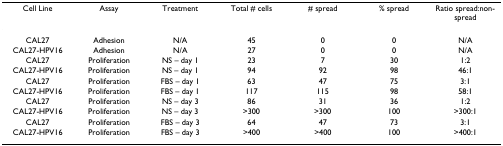
<table><thead><tr><td><b>Cell Line</b></td><td><b>Assay</b></td><td><b>Treatment</b></td><td><b>Total # cells</b></td><td><b># spread</b></td><td><b>% spread</b></td><td><b>Ratio spread:non-spread</b></td></tr></thead><tbody><tr><td>CAL27</td><td>Adhesion</td><td>N/A</td><td>45</td><td>0</td><td>0</td><td>N/A</td></tr><tr><td>CAL27-HPV16</td><td>Adhesion</td><td>N/A</td><td>27</td><td>0</td><td>0</td><td>N/A</td></tr><tr><td>CAL27</td><td>Proliferation</td><td>NS – day 1</td><td>23</td><td>7</td><td>30</td><td>1:2</td></tr><tr><td>CAL27-HPV16</td><td>Proliferation</td><td>NS – day 1</td><td>94</td><td>92</td><td>98</td><td>46:1</td></tr><tr><td>CAL27</td><td>Proliferation</td><td>FBS – day 1</td><td>63</td><td>47</td><td>75</td><td>3:1</td></tr><tr><td>CAL27-HPV16</td><td>Proliferation</td><td>FBS – day 1</td><td>117</td><td>115</td><td>98</td><td>58:1</td></tr><tr><td>CAL27</td><td>Proliferation</td><td>NS – day 3</td><td>86</td><td>31</td><td>36</td><td>1:2</td></tr><tr><td>CAL27-HPV16</td><td>Proliferation</td><td>NS – day 3</td><td>&gt;300</td><td>&gt;300</td><td>100</td><td>&gt;300:1</td></tr><tr><td>CAL27</td><td>Proliferation</td><td>FBS – day 3</td><td>64</td><td>47</td><td>73</td><td>3:1</td></tr><tr><td>CAL27-HPV16</td><td>Proliferation</td><td>FBS – day 3</td><td>&gt;400</td><td>&gt;400</td><td>100</td><td>&gt;400:1</td></tr></tbody></table>